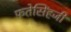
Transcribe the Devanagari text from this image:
फतेसिंहजी